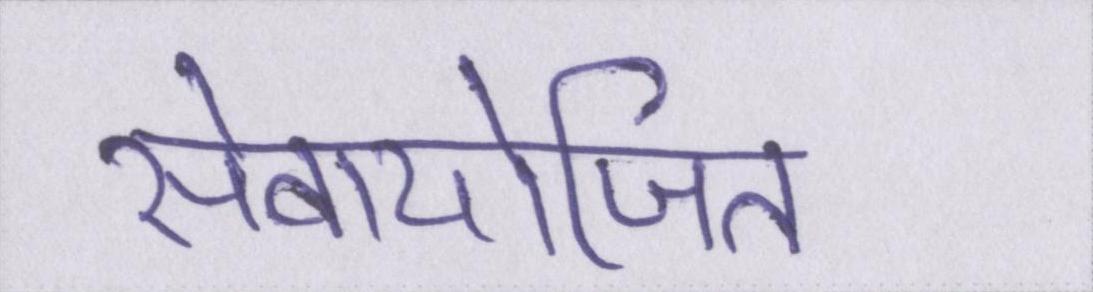
सेवायोजित